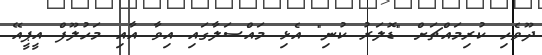
ދޫވެހި ކުރިމައްޗަށް "ޑޮލަރު ކުނި" އެޅި މައްސަލާގައި އިވާ އާއި މަހުލޫފް އީޕީއޭ